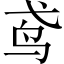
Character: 鸢